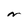
Character: n